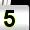
Digit: 5